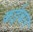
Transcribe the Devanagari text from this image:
कईबार